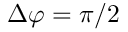
\Delta \varphi = \pi / 2